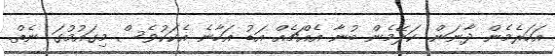
އަހަރެމެން ދާނަން. ކަލޭމެން ބުނާ އެއްޗެއްް އަޑު އަހާނެ އެކަކުވެސް މިގައުމުގަ ނެތް.